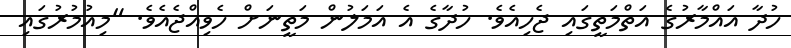
ހުދާ އައްމާރުގެ އަތްމަތީގައި ޖެހިއެވެ. ހުދާގެ އެ އަމަލުން މަތީނަށް ހެވިއްޖެއެވެ. "މިއުމުރުގައި